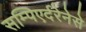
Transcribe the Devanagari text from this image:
सम्पिएर्दरेनेसे